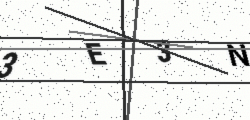
Text: 3E3N